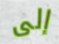
إلى